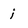
Character: i